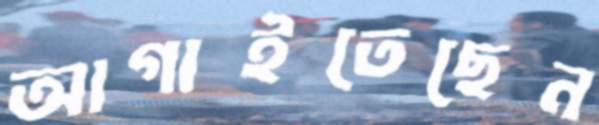
আগাইতেছেন